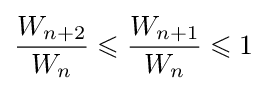
{\frac {W_{n+2}}{W_{n}}}\leqslant {\frac {W_{n+1}}{W_{n}}}\leqslant 1